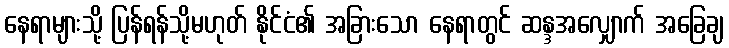
နေရာများသို့ ပြန်ရန်သို့မဟုတ် နိုင်ငံ၏ အခြားသော နေရာတွင် ဆန္ဒအလျှောက် အခြေချ